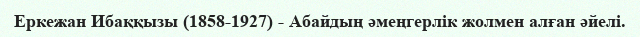
Еркежан Ибаққызы (1858-1927) - Абайдың әмеңгерлік жолмен алған әйелі.